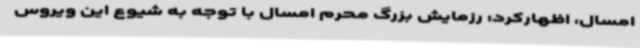
امسال، اظهارکرد: رزمایش بزرگ محرم امسال با توجه به شیوع این ویروس